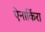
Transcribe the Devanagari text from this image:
ऐनाकिंरा